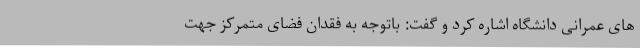
های عمرانی دانشگاه اشاره کرد و گفت: باتوجه به فقدان فضای متمرکز جهت